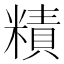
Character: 𥼃